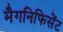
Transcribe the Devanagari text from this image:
मैगनिफिसेंट